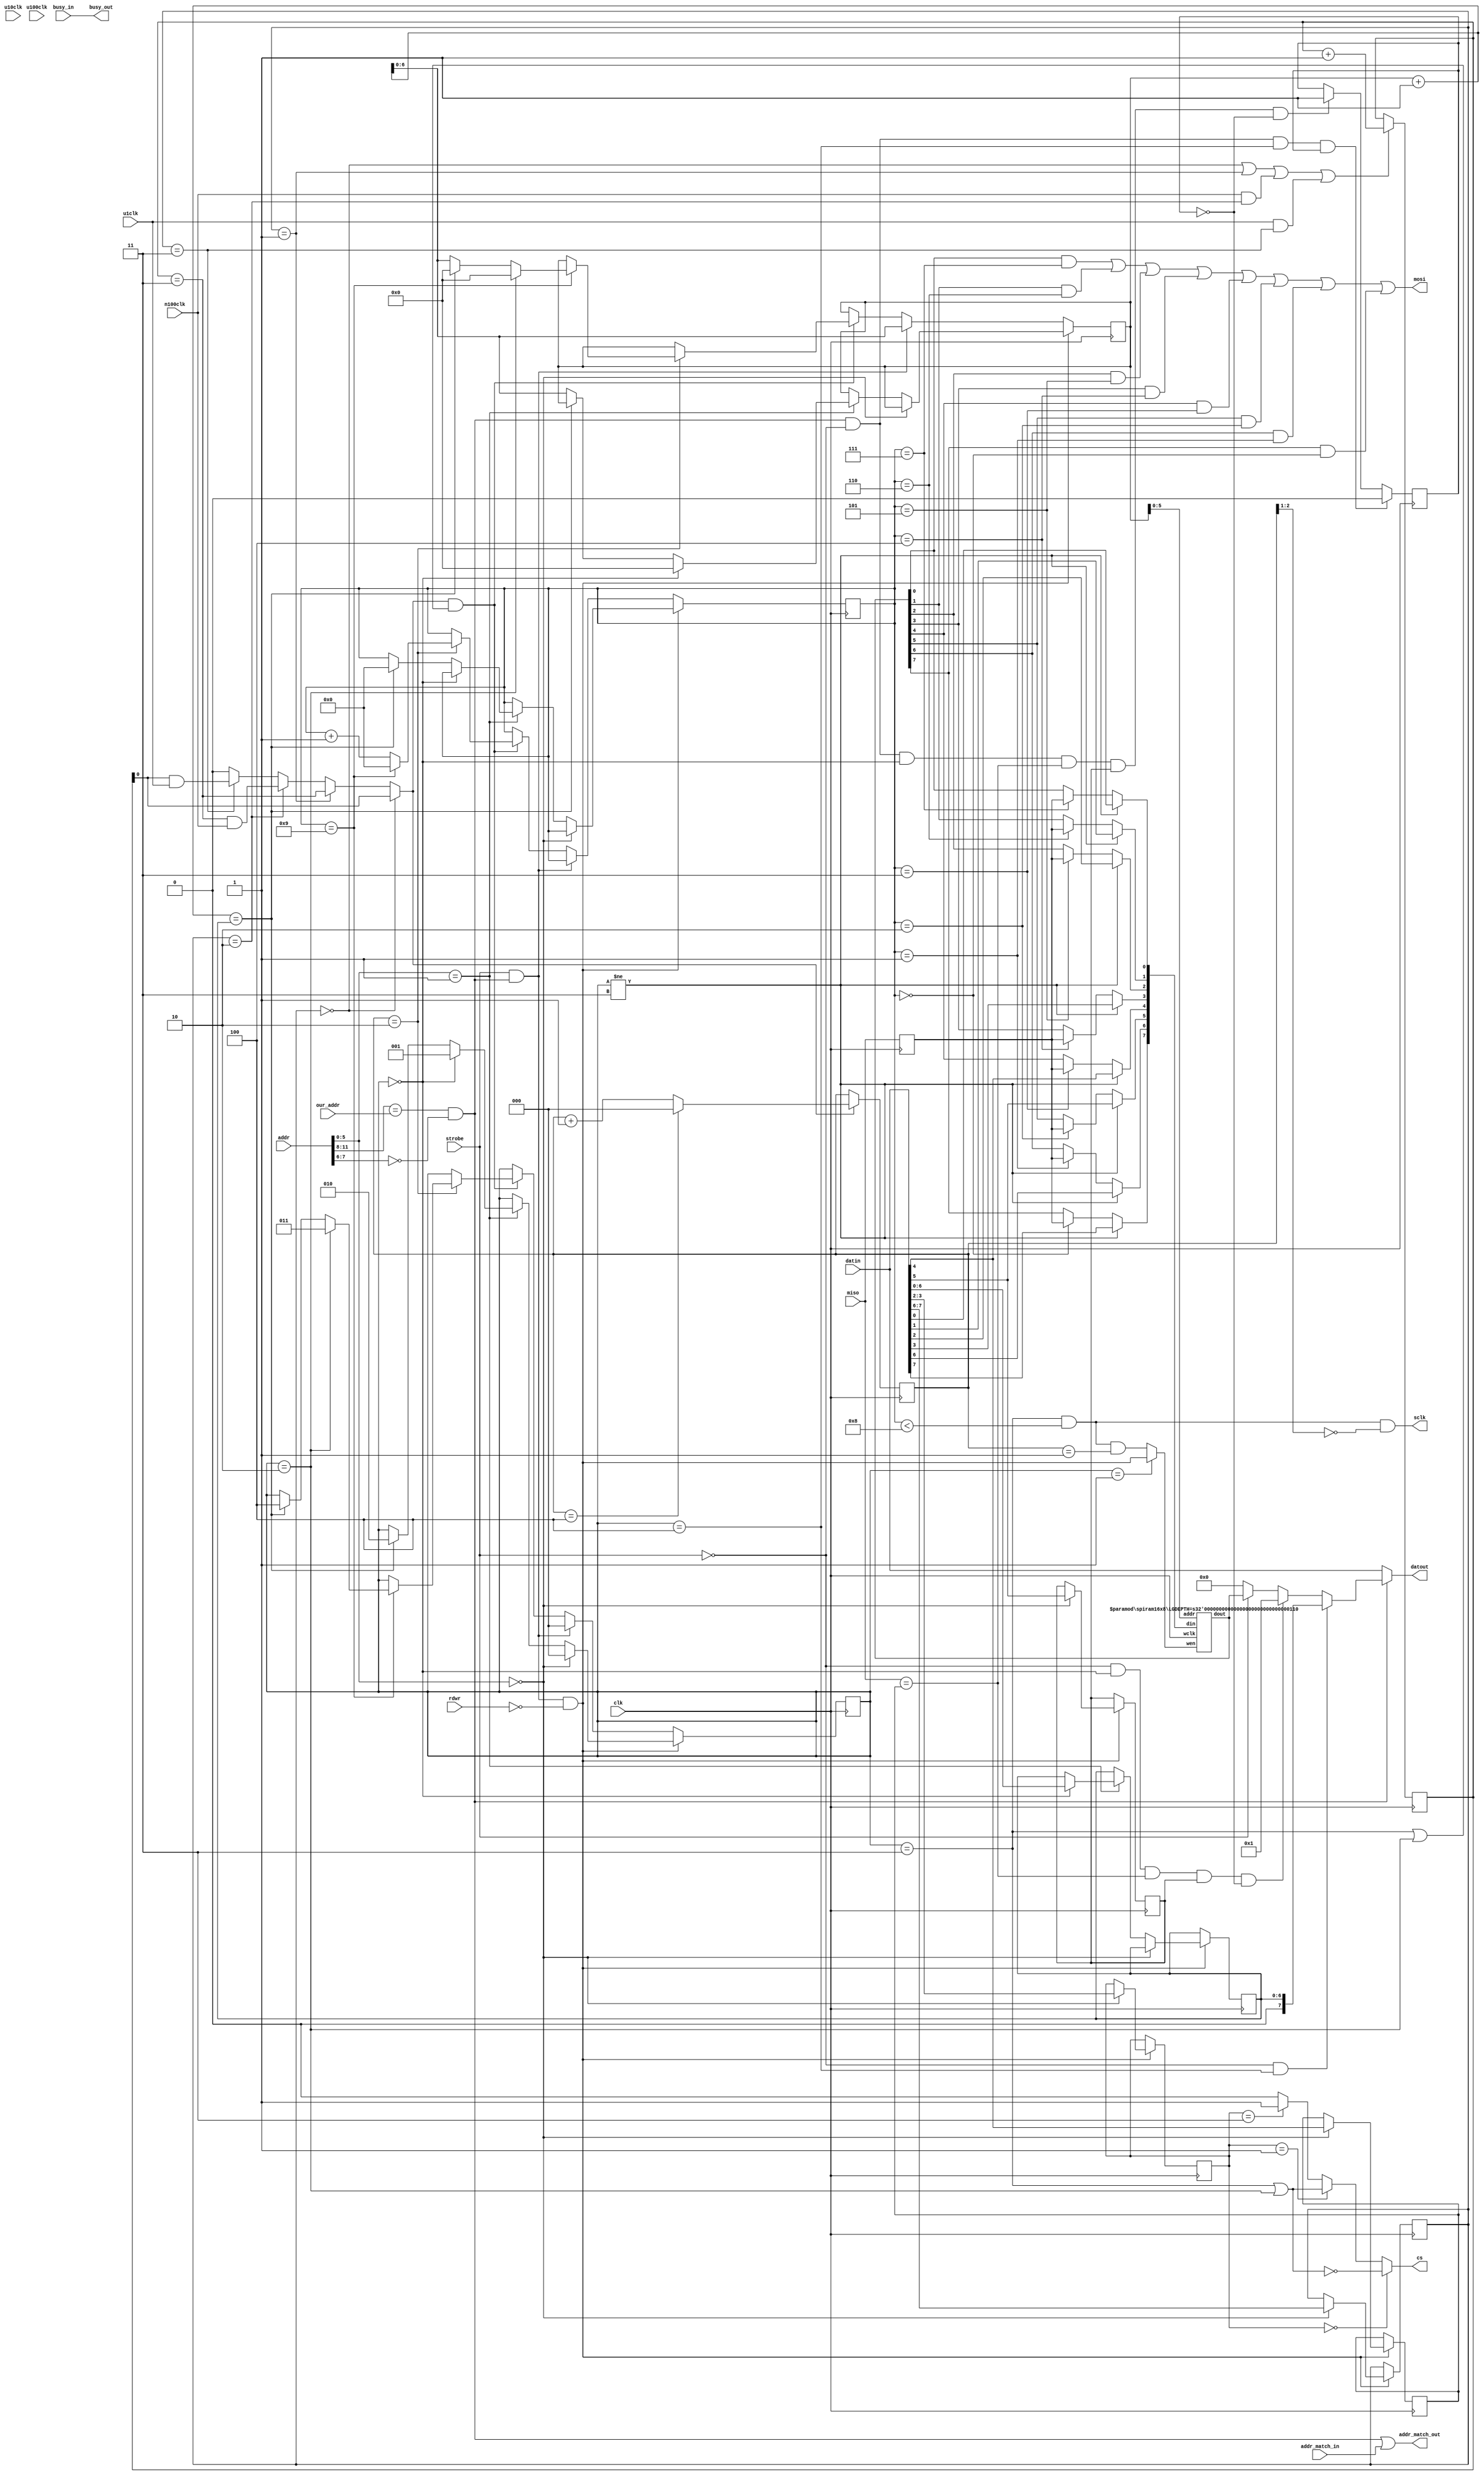
// *********************************************************
// Copyright (c) 2020 Demand Peripherals, Inc.
// 
// This file is licensed separately for private and commercial
// use.  See LICENSE.txt which should have accompanied this file
// for details.  If LICENSE.txt is not available please contact
// support@demandperipherals.com to receive a copy.
// 
// In general, you may use, modify, redistribute this code, and
// use any associated patent(s) as long as
// 1) the above copyright is included in all redistributions,
// 2) this notice is included in all source redistributions, and
// 3) this code or resulting binary is not sold as part of a
//    commercial product.  See LICENSE.txt for definitions.
// 
// DPI PROVIDES THE SOFTWARE "AS IS," WITHOUT WARRANTIES OR
// CONDITIONS OF ANY KIND, EITHER EXPRESS OR IMPLIED, INCLUDING
// WITHOUT LIMITATION ANY WARRANTIES OR CONDITIONS OF TITLE,
// NON-INFRINGEMENT, MERCHANTABILITY, OR FITNESS FOR A PARTICULAR
// PURPOSE.  YOU ARE SOLELY RESPONSIBLE FOR DETERMINING THE
// APPROPRIATENESS OF USING OR REDISTRIBUTING THE SOFTWARE (WHERE
// ALLOWED), AND ASSUME ANY RISKS ASSOCIATED WITH YOUR EXERCISE OF
// PERMISSIONS UNDER THIS AGREEMENT.
// 
// This software may be covered by US patent #10,324,889. Rights
// to use these patents is included in the license agreements.
// See LICENSE.txt for more information.
// *********************************************************

//////////////////////////////////////////////////////////////////////////
//
//
//  Registers are
//    Addr=0    Clock select, chip select control, interrupt control and
//              SPI mode register
//    Addr=1    FIFO: Size of packet as the first byte followed
//              all the data bytes
//
//  NOTES: 
//
//
/////////////////////////////////////////////////////////////////////////

// Copied from sysdefs.h
//  SPI states and configuration definitions.
`define IDLE         3'h0
`define GETBYTE      3'h1
`define LOWBYTE      3'h2
`define SNDBYTE      3'h3
`define SNDRPLY      3'h4
`define CS_MODE_AL   2'h0   // Active low chip select
`define CS_MODE_AH   2'h1   // Active high chip select
`define CS_MODE_FL   2'h2   // Forced low chip select
`define CS_MODE_FH   2'h3   // Forced high chip select
`define CLK_2M       2'h0   // 2 MHz
`define CLK_1M       2'h1   // 1 MHz
`define CLK_500K     2'h2   // 500 KHz
`define CLK_100K     2'h3   // 100 KHz


module spi(clk,rdwr,strobe,our_addr,addr,busy_in,busy_out,
       addr_match_in,addr_match_out,datin,datout,u100clk,
       u10clk,u1clk,n100clk,cs,mosi,miso,sclk);
    localparam LGMXPKT = 6;  // Log of maximum pkt size
    localparam MXPKT = (LGMXPKT ** 2);   // Maximum pkt size (= our buffer size)
    input  clk;              // system clock
    input  rdwr;             // direction of this transfer. Read=1; Write=0
    input  strobe;           // true on full valid command
    input  [3:0] our_addr;   // high byte of our assigned address
    input  [11:0] addr;      // address of target peripheral
    input  busy_in;          // ==1 if a previous peripheral is busy
    output busy_out;         // ==our busy state if our address, pass through otherwise
    input  addr_match_in;    // ==1 if a previous peripheral claims the address
    output addr_match_out;   // ==1 if we claim the above address, pass through otherwise
    input  [7:0] datin ;     // Data INto the peripheral;
    output [7:0] datout ;    // Data OUTput from the peripheral, = datin if not us.
    input  u100clk;          // 100 microsecond clock pulse
    input  u10clk;           // 10 microsecond clock pulse
    input  u1clk;            // 1 microsecond clock pulse
    input  n100clk;          // 100 nanosecond clock pulse
    output cs;               // SPI chip select
    output mosi;             // SPI Master Out / Slave In
    input  miso;             // SPI Master In / Slave Out
    output sclk;             // SPI clock
 
    wire   myaddr;           // ==1 if a correct read/write on our address
    wire   [7:0] dout;       // RAM output lines
    wire   [LGMXPKT-1:0] raddr;      // RAM address lines
    wire   [7:0] din;        // RAM input lines
    wire   wclk;             // RAM write clock
    wire   wen;              // RAM write enable
    wire   smclk;            // The SPI state machine clock (=2x sck)
    reg    [1:0] clksrc;     // SCK clock frequency (2,1,.5,.1 MHz)
    reg    [1:0] csmode;     // Chip select mode of operation
    reg    [LGMXPKT:0] sndcnt;     // Number of bytes in the SPI pkt 
    reg    meta;             // Used to bring miso into our clock domain
    reg    [1:0] clkpre;     // clock prescaler
    reg    [2:0] clkdiv;     // clock state divider
    reg    [2:0] state;      // idle, getting bytes, lowbyte, sending bytes, sending response
    reg    [LGMXPKT:0] bytcnt;     // counter for getting and sending bytes
    reg    [3:0] bitcnt;     // bit counter for shift register
    reg    int_en;           // Interrupt enable. 1==enabled
    reg    int_pol;          // Interrupt polarity, 1==int pending if MISO is high while CS=0
    reg    int_pend;         // We've sent an interrupt packet, no need to send another

    initial
    begin
        clksrc = 0;
        csmode = 0;
        state = `IDLE;
        sndcnt = 0;
        meta = 0;
        clkpre = 0;
        clkdiv[2:0] = 0;
        state = 0;
        bytcnt = 0;
        bitcnt = 0;
        int_en = 0;
        int_pol = 0;
        int_pend = 0;
    end


    // Register array in RAM
    spiram16x8 #(.LGDEPTH(LGMXPKT)) spipkt(dout,raddr,din,wclk,wen);

    // Generate the state machine clock for the ESPI interface
    assign smclk = (clksrc[1:0] == `CLK_2M)   ? (clkpre[0]) :
                   (clksrc[1:0] == `CLK_1M)   ? (clkpre[1:0] == 3) :
                   (clksrc[1:0] == `CLK_500K) ? ((clkpre[1:0] == 3) & n100clk) :
                   (clksrc[1:0] == `CLK_100K) ? ((clkpre[0]) & u1clk) : 1'b0 ;

    always @(posedge clk)
    begin
        // Bring MISO into our clock domain
        meta <= miso;

        // Do frequency division for the sck
        if ((clksrc == `CLK_2M) || (clksrc == `CLK_1M) ||
            (n100clk & (clksrc == `CLK_500K)) ||
            (u1clk & (clksrc == `CLK_100K)))
        begin
            clkpre <= clkpre + 2'h1;
        end

        if (smclk)
        begin
            if (clkdiv[2:0] == 4)
                clkdiv[2:0] <= 0;
            else
                clkdiv[2:0] <= clkdiv[2:0] + 3'h1;
        end

        // Handle write and read requests from the host
        if (strobe & myaddr & ~rdwr)  // latch data on a write
        begin
            if (addr[LGMXPKT-1:0] == 0)         // a config write
            begin
                clksrc <= datin[7:6];
                int_en <= datin[5];
                int_pol <= datin[4];
                csmode <= datin[3:2];
                state <= `IDLE;
            end
            else if (addr[LGMXPKT-1:0] == 1)    // a fifo write 
            begin
                // state will be IDLE on the first byte into the fifo.  This
                // is the size of the packet to send
                if (state == `IDLE)
                begin
                    sndcnt <= datin[LGMXPKT:0];
                    bytcnt <= 0;
                    state <= `GETBYTE;
                end
                else
                begin
                    // Getting bytes from the host.  Send SPI pkt when done
                    if ((bytcnt + 1) == sndcnt)
                    begin
                        state <= `LOWBYTE;
                        bitcnt <= 0;
                    end
                    else
                    begin
                        bytcnt <= bytcnt + 1;
                    end
                end
            end
        end
        else if (strobe & myaddr )  // back to idle after the reply pkt read
        begin
            // Auto send reads from consecutive locations starting at zero.
            // There is no autosend fifo read.  We spoof this by ignoring the
            // address requested and responding with the ram data at location
            // ram[bytcnt].
            state <= `IDLE;
            bytcnt <= bytcnt + 1;;
        end

        // Do the state machine to shift in/out the SPI data if sending and on clk edge
        else if (smclk  && ((state == `SNDBYTE) || (state == `LOWBYTE)))
        begin
             if (clkdiv[2:0] == 2)
             begin
                if (bitcnt == 9)
                begin
                    bitcnt <= 0;
                    // Low byte is a one-byte period just after CS goes low to give the
                    // target device a chance to come out of reset.  Just one byte period
                    // so we immediately go into SNDBYTE
                    if (state == `LOWBYTE)
                    begin
                        state <= `SNDBYTE;
                        bytcnt <= 0;
                    end
                    else
                    begin
                        if ((bytcnt +1) == sndcnt)
                        begin
                            state <= `SNDRPLY;
                            bytcnt <= 0;    // reset to start for the autosend read
                        end
                        else
                            bytcnt <= bytcnt + 1;
                    end
                end
                else
                begin
                    bitcnt <= bitcnt + 1;
                end
            end
        end 
        // set the interrupt pending flag just as we start the 1 byte transmission
        // to the host.  This way only one packet is sent
        if (myaddr & ~strobe & (state ==`IDLE) & (miso == int_pol) & (int_en) & (~int_pend))
        begin
            int_pend <= 1;
        end
        if(myaddr & ~strobe & (state == `SNDRPLY) & (int_pend))
        begin
            // Clear the interrupt pending flag on any data to host
            int_pend <= 0;
        end
    end


    // Assign the outputs.
    assign cs = (csmode == `CS_MODE_AL) ? ~((state == `SNDBYTE) | (state == `LOWBYTE)) :
                (csmode == `CS_MODE_AH) ? ((state == `SNDBYTE) | (state == `LOWBYTE)) :
                (csmode == `CS_MODE_FH) ? 1'b1 : 1'b0;
    assign mosi = ((dout[0] & (bitcnt == 7)) |
                   (dout[1] & (bitcnt == 6)) |
                   (dout[2] & (bitcnt == 5)) |
                   (dout[3] & (bitcnt == 4)) |
                   (dout[4] & (bitcnt == 3)) |
                   (dout[5] & (bitcnt == 2)) |
                   (dout[6] & (bitcnt == 1)) |
                   (dout[7] & (bitcnt == 0))) ;
    assign sclk = (state == `SNDBYTE) & (bitcnt < 8) & (clkdiv[2:1] == 0);


    // Assign the RAM control lines
    assign wclk  = clk;
    assign wen   = (state == `GETBYTE) ? (strobe & myaddr & ~rdwr) :
                   ((state ==`SNDBYTE) & (bitcnt < 8) & (clkdiv[2:0] == 1)) ;
    assign din[0] = (state != `SNDBYTE) ? datin[0] : (bitcnt == 7) ? meta : dout[0];
    assign din[1] = (state != `SNDBYTE) ? datin[1] : (bitcnt == 6) ? meta : dout[1];
    assign din[2] = (state != `SNDBYTE) ? datin[2] : (bitcnt == 5) ? meta : dout[2];
    assign din[3] = (state != `SNDBYTE) ? datin[3] : (bitcnt == 4) ? meta : dout[3];
    assign din[4] = (state != `SNDBYTE) ? datin[4] : (bitcnt == 3) ? meta : dout[4];
    assign din[5] = (state != `SNDBYTE) ? datin[5] : (bitcnt == 2) ? meta : dout[5];
    assign din[6] = (state != `SNDBYTE) ? datin[6] : (bitcnt == 1) ? meta : dout[6];
    assign din[7] = (state != `SNDBYTE) ? datin[7] : (bitcnt == 0) ? meta : dout[7];
    assign raddr = bytcnt[LGMXPKT-1:0];

    // Assign the bus control lines
    assign myaddr = (addr[11:8] == our_addr) && (addr[7:LGMXPKT] == 0);
    assign datout = (~myaddr) ? datin :
                    (~strobe & (state == `SNDRPLY)) ? {{(8-LGMXPKT) {1'b0}}, sndcnt} :
                    // send one byte if device is requesting service/interrupt
                    (~strobe & (state ==`IDLE) & (miso == int_pol) & (int_en) & (~int_pend)) ? 8'h01 :
                    (strobe) ? dout :
                    8'h00 ; 
    assign busy_out = busy_in;
    assign addr_match_out = myaddr | addr_match_in;

endmodule


module spiram16x8(dout,addr,din,wclk,wen);
    parameter LGDEPTH = 4;  // log of the size of the largest packet
    output [7:0] dout;
    input  [LGDEPTH-1:0] addr;
    input  [7:0] din;
    input  wclk;
    input  wen;


    reg      [7:0] ram [(LGDEPTH ** 2)-1:0];

    always@(posedge wclk)
    begin
        if (wen)
            ram[addr] <= din;
    end

    assign dout = ram[addr];

endmodule